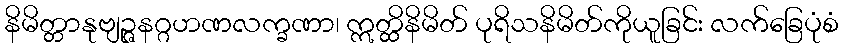
နိမိတ္တာနုဗျဉ္ဇနဂ္ဂဟဏလက္ခဏာ၊ ဣတ္ထိနိမိတ် ပုရိသနိမိတ်ကိုယူခြင်း လက်ခြေပုံစံ